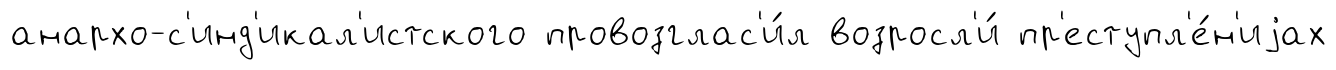
анархо-с'инд'икал'истского провозглас'и́л возросл'и́ пр'еступл'е́н'иjах